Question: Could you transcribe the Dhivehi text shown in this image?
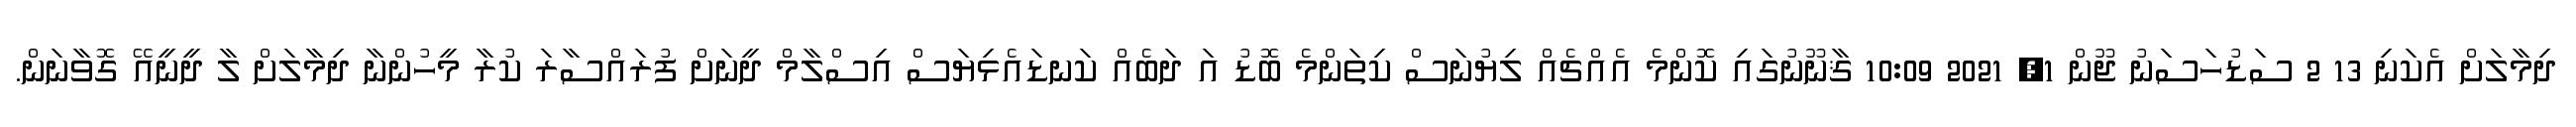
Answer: ދިމާލަށް އެކަނި 13 2 ސަޑުހަސަނު ޖޫން 1, 2021 10:09 ޤާނޫނުގައި ކޮންމެ އެއްޗެއް ލިޔުނަސް ކިތަންމެ ބޮޑު އަ ދަބެއް ކަނޑައެޅިޔަސް އިސްލާމް ދީނަށް ފުރައްސާރަ ކުރާ މީހުންނާ ދިމާލަށް ލާ ދީނީއޭ ގޮވާނަން.